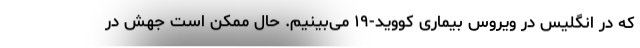
که در انگلیس در ویروس بیماری کووید-۱۹ می‌بینیم. حال ممکن است جهش در